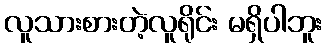
လူသားစားတဲ့လူရိုင်း မရှိပါဘူး